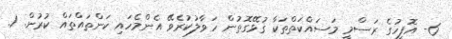
6- އޮފީހުގެ ރަސްމީ މަސައްކަތްތަކާ ގުޅޭގޮތުން ހަވާލުކުރެވޭ އެންމެހައި ކަންތައްތައް ކުރުން. 1.